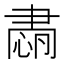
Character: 𦘡